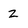
Character: z